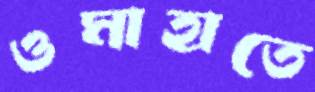
ওমাহাতে